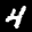
Label: 4